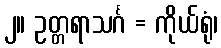
၂။ ဥတ္တရာသင်္ဂ = ကိုယ်ရုံ၊